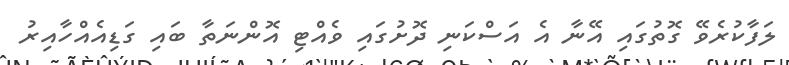
ލަފާކުރެވޭ ގޮތުގައި އޭނާ އެ އަސްކަނި ދޮށުގައި ވެއްޓި އޮންނަތާ ބައި ގަޑިއެއްހާއިރު